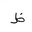
Letter: _za